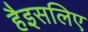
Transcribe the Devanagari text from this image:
हैइसलिए